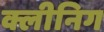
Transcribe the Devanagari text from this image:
क्लीनिग